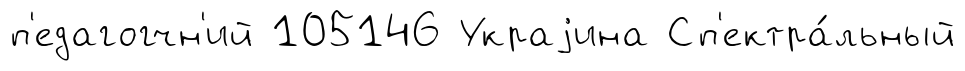
п'едагогчн'ий 105146 Украjина Сп'ектра́льный